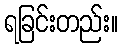
ရခြင်းတည်း။